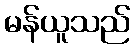
မန်ယူသည်